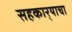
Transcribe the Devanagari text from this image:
सहकार्‍याचा